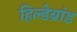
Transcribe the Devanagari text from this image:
हिल्डेब्रांड